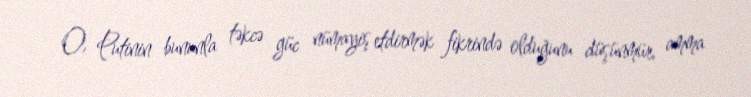
O, Putinin bununla təkcə güc nümayiş etdirmək fikrində olduğunu düşünmür, amma